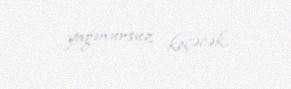
yağmursuz keçəcək.